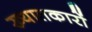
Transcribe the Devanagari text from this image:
ख्यातकारों